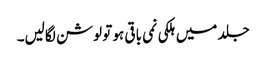
جلد میں ہلکی نمی باقی ہو تو لوشن لگالیں۔